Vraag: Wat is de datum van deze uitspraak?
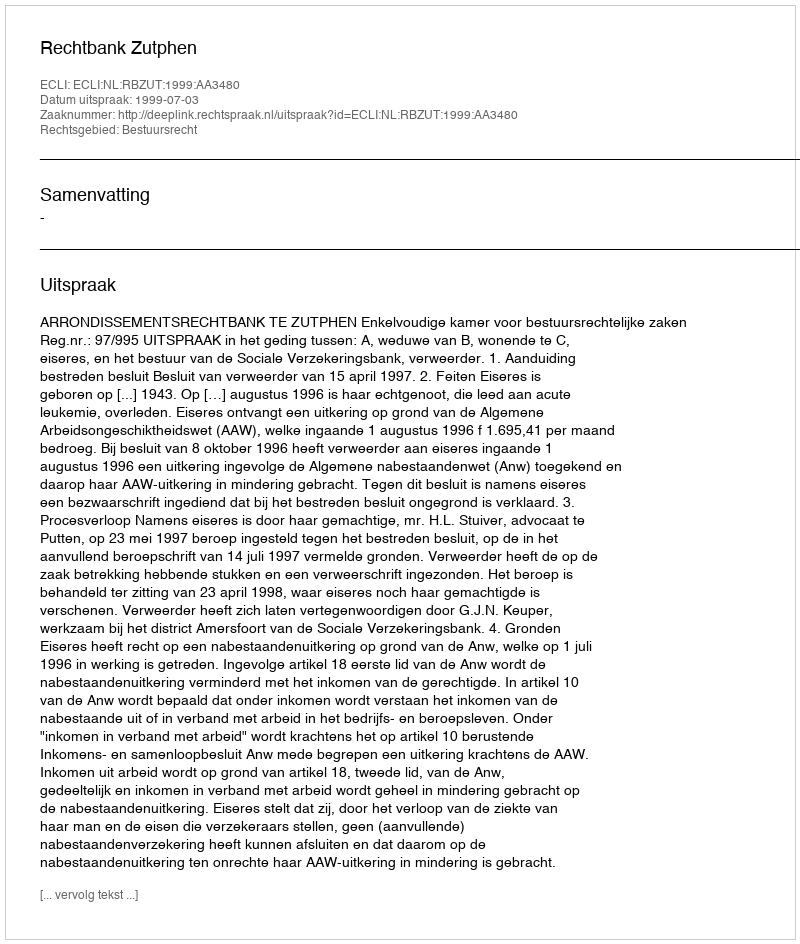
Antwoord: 1999-07-03